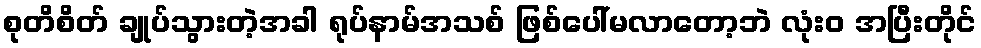
စုတိစိတ် ချုပ်သွားတဲ့အခါ ရုပ်နာမ်အသစ် ဖြစ်ပေါ်မလာတော့ဘဲ လုံးဝ အပြီးတိုင်